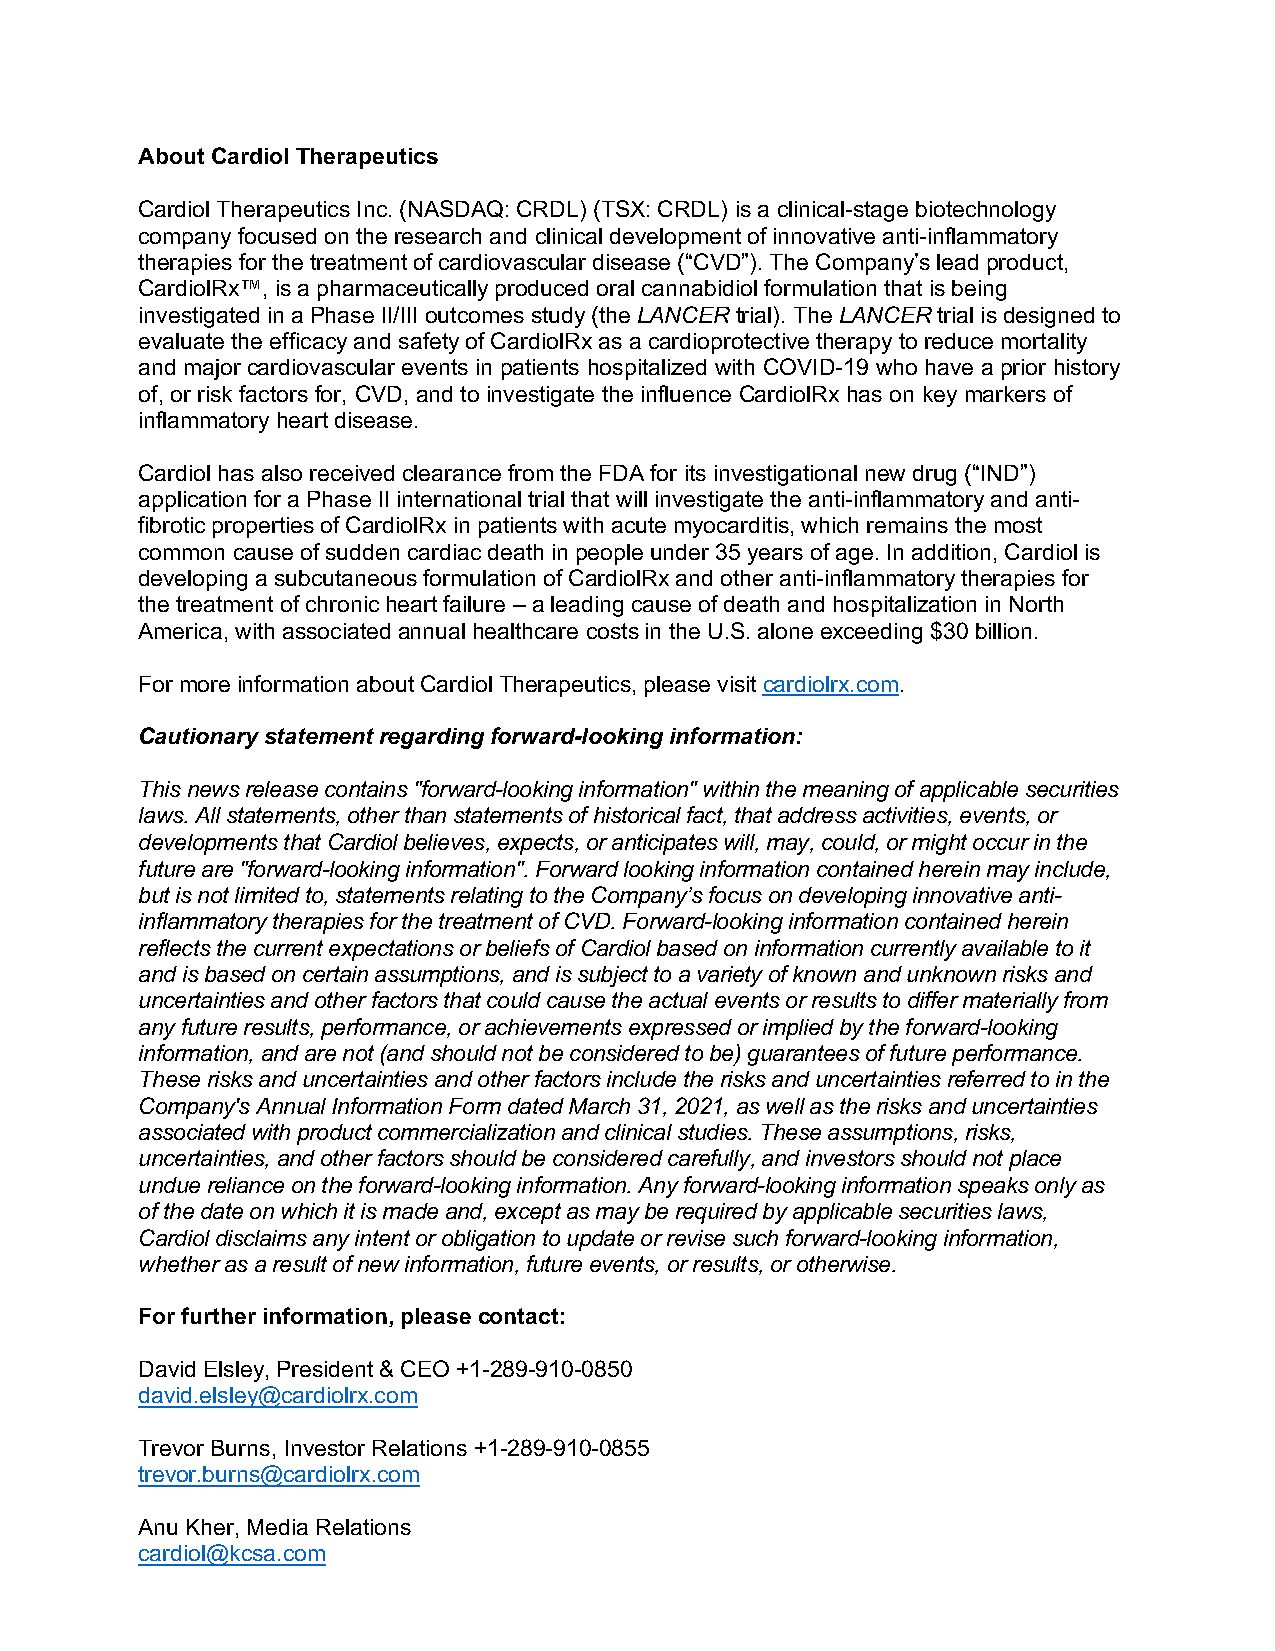
About Cardiol Therapeutics
 Cardiol Therapeutics Inc. (NASDAQ: CRDL) (TSX: CRDL) is a clinical-stage biotechnology
 company focused on the research and clinical development of innovative anti-inflammatory
 therapies for the treatment of cardiovascular disease (“CVD”). The Company’s lead product,
 CardiolRx™, is a pharmaceutically produced oral cannabidiol formulation that is being
 investigated in a Phase II/III outcomes study (the LANCER trial). The LANCER trial is designed to
 evaluate the efficacy and safety of CardiolRx as a cardioprotective therapy to reduce mortality
 and major cardiovascular events in patients hospitalized with COVID-19 who have a prior history
 of, or risk factors for, CVD, and to investigate the influence CardiolRx has on key markers of
 inflammatory heart disease.
 Cardiol has also received clearance from the FDA for its investigational new drug (“IND”)
 application for a Phase II international trial that will investigate the anti-inflammatory and anti-
 fibrotic properties of CardiolRx in patients with acute myocarditis, which remains the most
 common cause of sudden cardiac death in people under 35 years of age. In addition, Cardiol is
 developing a subcutaneous formulation of CardiolRx and other anti-inflammatory therapies for
 the treatment of chronic heart failure – a leading cause of death and hospitalization in North
 America, with associated annual healthcare costs in the U.S. alone exceeding $30 billion.
 For more information about Cardiol Therapeutics, please visit cardiolrx.com.
 Cautionary statement regarding forward-looking information:
 This news release contains "forward-looking information" within the meaning of applicable securities
 laws. All statements, other than statements of historical fact, that address activities, events, or
 developments that Cardiol believes, expects, or anticipates will, may, could, or might occur in the
 future are "forward-looking information". Forward looking information contained herein may include,
 but is not limited to, statements relating to the Company’s focus on developing innovative anti-
 inflammatory therapies for the treatment of CVD. Forward-looking information contained herein
 reflects the current expectations or beliefs of Cardiol based on information currently available to it
 and is based on certain assumptions, and is subject to a variety of known and unknown risks and
 uncertainties and other factors that could cause the actual events or results to differ materially from
 any future results, performance, or achievements expressed or implied by the forward-looking
 information, and are not (and should not be considered to be) guarantees of future performance.
 These risks and uncertainties and other factors include the risks and uncertainties referred to in the
 Company's Annual Information Form dated March 31, 2021, as well as the risks and uncertainties
 associated with product commercialization and clinical studies. These assumptions, risks,
 uncertainties, and other factors should be considered carefully, and investors should not place
 undue reliance on the forward-looking information. Any forward-looking information speaks only as
 of the date on which it is made and, except as may be required by applicable securities laws,
 Cardiol disclaims any intent or obligation to update or revise such forward-looking information,
 whether as a result of new information, future events, or results, or otherwise.
 For further information, please contact:
 David Elsley, President & CEO +1-289-910-0850
 david.elsley@cardiolrx.com
 Trevor Burns, Investor Relations +1-289-910-0855
 trevor.burns@cardiolrx.com
 Anu Kher, Media Relations
 cardiol@kcsa.com